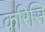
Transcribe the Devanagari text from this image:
करिसि